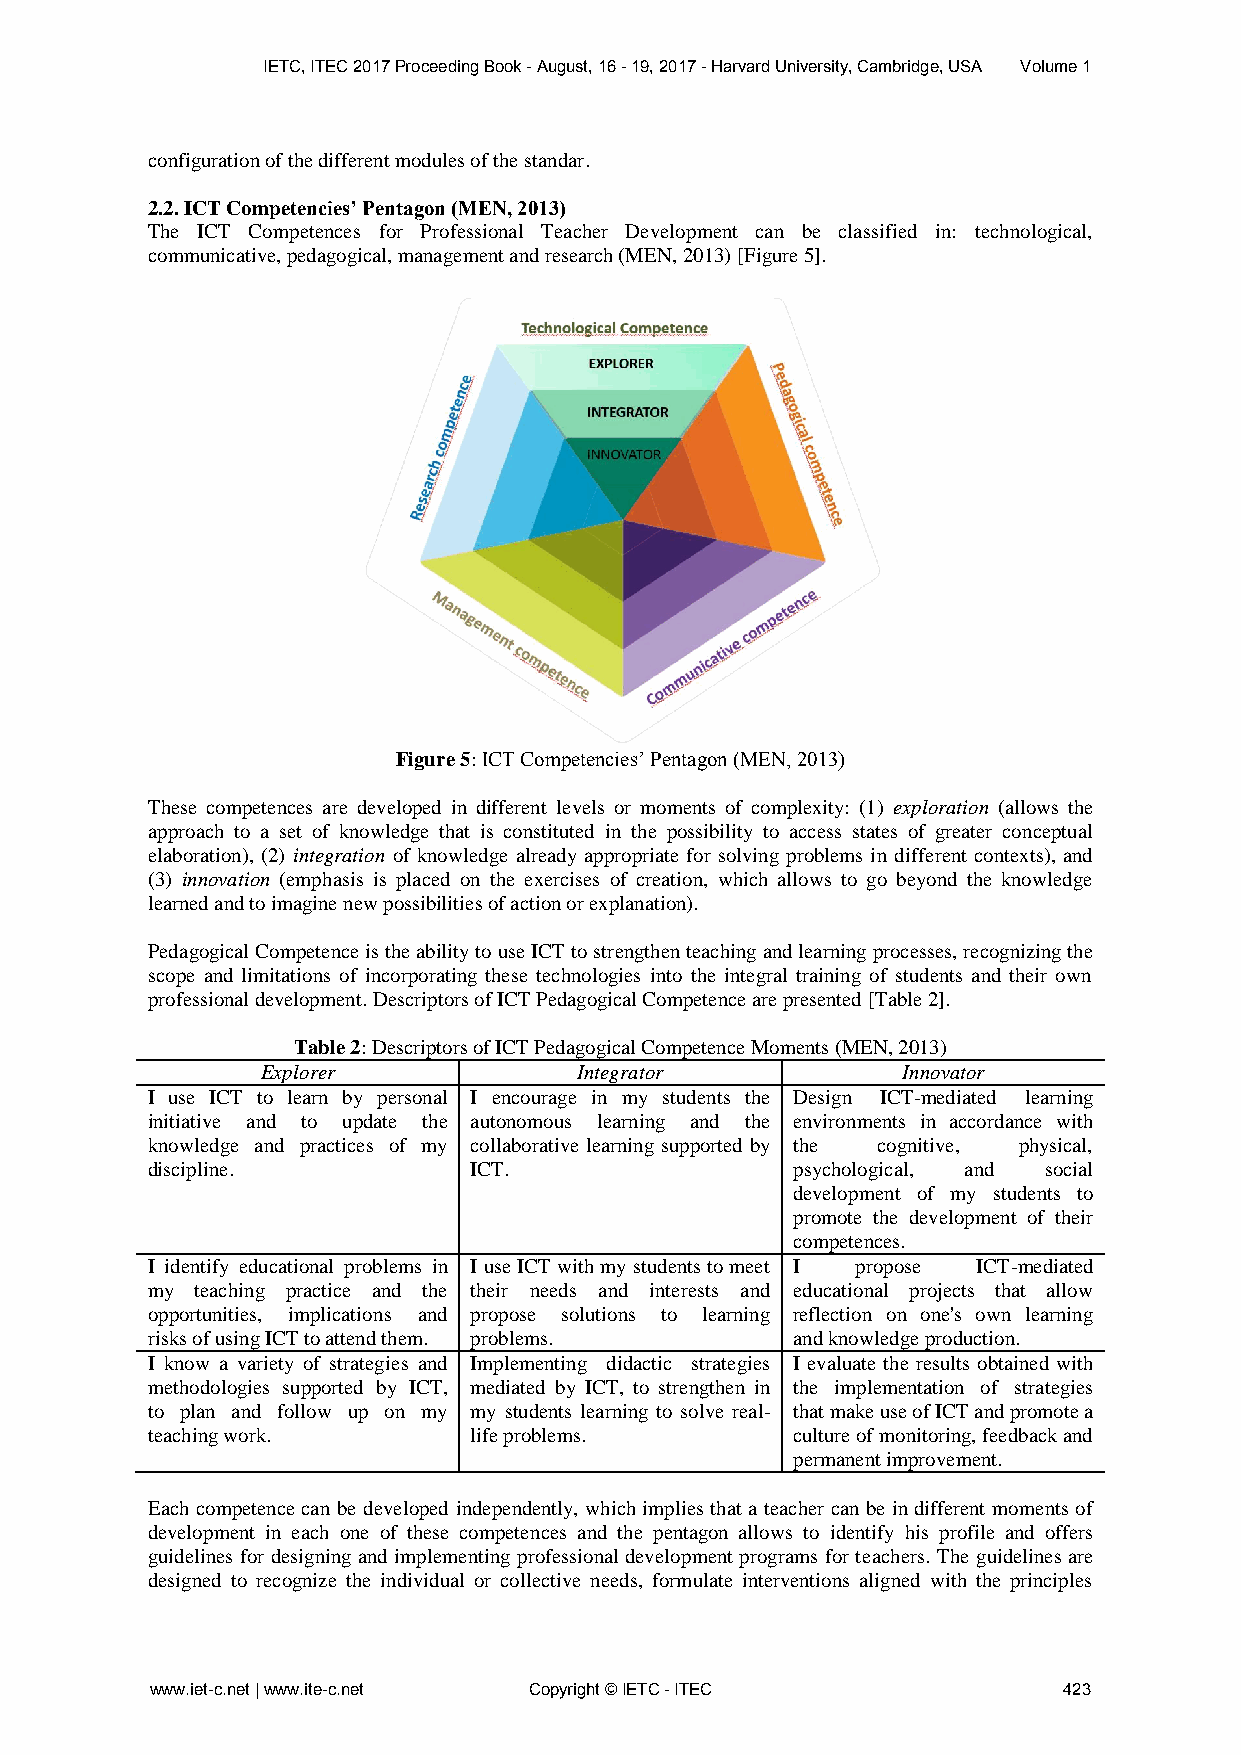
IETC, ITEC 2017 Proceeding Book - August, 16 - 19, 2017 - Harvard University, Cambridge, USA Volume 1
 configuration of the different modules of the standar.
 2.2. ICT Competencies’ Pentagon (MEN, 2013)
 The ICT Competences for Professional Teacher Development can be classified in: technological,
 communicative, pedagogical, management and research (MEN, 2013) [Figure 5].
 Figure 5: ICT Competencies’ Pentagon (MEN, 2013)
 These competences are developed in different levels or moments of complexity: (1) exploration (allows the
 approach to a set of knowledge that is constituted in the possibility to access states of greater conceptual
 elaboration), (2) integration of knowledge already appropriate for solving problems in different contexts), and
 (3) innovation (emphasis is placed on the exercises of creation, which allows to go beyond the knowledge
 learned and to imagine new possibilities of action or explanation).
 Pedagogical Competence is the ability to use ICT to strengthen teaching and learning processes, recognizing the
 scope and limitations of incorporating these technologies into the integral training of students and their own
 professional development. Descriptors of ICT Pedagogical Competence are presented [Table 2].
 Table 2: Descriptors of ICT Pedagogical Competence Moments (MEN, 2013)
 Explorer             Integrator            Innovator
 I use ICT to learn by personal I encourage in my students the Design ICT-mediated learning
 initiative and to update the autonomous learning and the environments in accordance with
 knowledge and practices of my collaborative learning supported by the cognitive, physical,
 discipline.          ICT.                 psychological, and social
 development of my students to
 promote the development of their
 competences.
 I identify educational problems in I use ICT with my students to meet I propose ICT-mediated
 my teaching practice and the their needs and interests and educational projects that allow
 opportunities, implications and propose solutions to learning reflection on one's own learning
 risks of using ICT to attend them. problems. and knowledge production.
 I know a variety of strategies and Implementing didactic strategies I evaluate the results obtained with
 methodologies supported by ICT, mediated by ICT, to strengthen in the implementation of strategies
 to plan and follow up on my my students learning to solve real- that make use of ICT and promote a
 teaching work.       life problems.       culture of monitoring, feedback and
 permanent improvement.
 Each competence can be developed independently, which implies that a teacher can be in different moments of
 development in each one of these competences and the pentagon allows to identify his profile and offers
 guidelines for designing and implementing professional development programs for teachers. The guidelines are
 designed to recognize the individual or collective needs, formulate interventions aligned with the principles
 www.iet-c.net | www.ite-c.net Copyright © IETC - ITEC       423